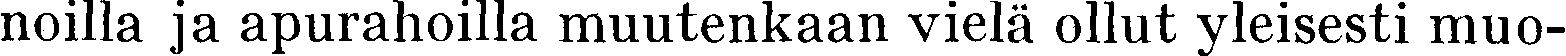
noilla ja apurahoilla muutenkaan vielä ollut yleisesti muo-